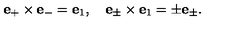
{ \bf e } _ { + } \times { \bf e } _ { - } = { \bf e } _ { 1 } , \quad { \bf e } _ { \pm } \times { \bf e } _ { 1 } = \pm { \bf e } _ { \pm } .